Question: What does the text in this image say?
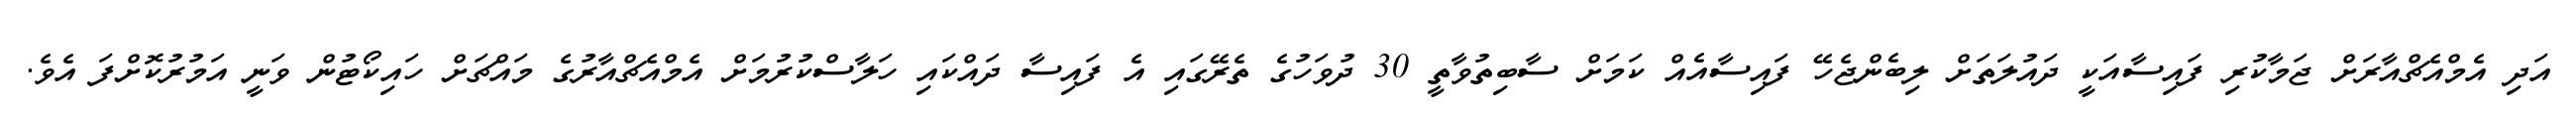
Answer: އަދި އެމްއެޗްއާރަށް ޖަމާކުރި ފައިސާއަކީ ދައުލަތަށް ލިބެންޖެހޭ ފައިސާއެއް ކަމަށް ސާބިތުވާތީ 30 ދުވަހުގެ ތެރޭގައި އެ ފައިސާ ދައްކައި ހަލާސްކުރުމަށް އެމްއެޗްއާރުގެ މައްޗަށް ހައިކޯޓުން ވަނީ އަމުރުކޮށްފަ އެވެ.